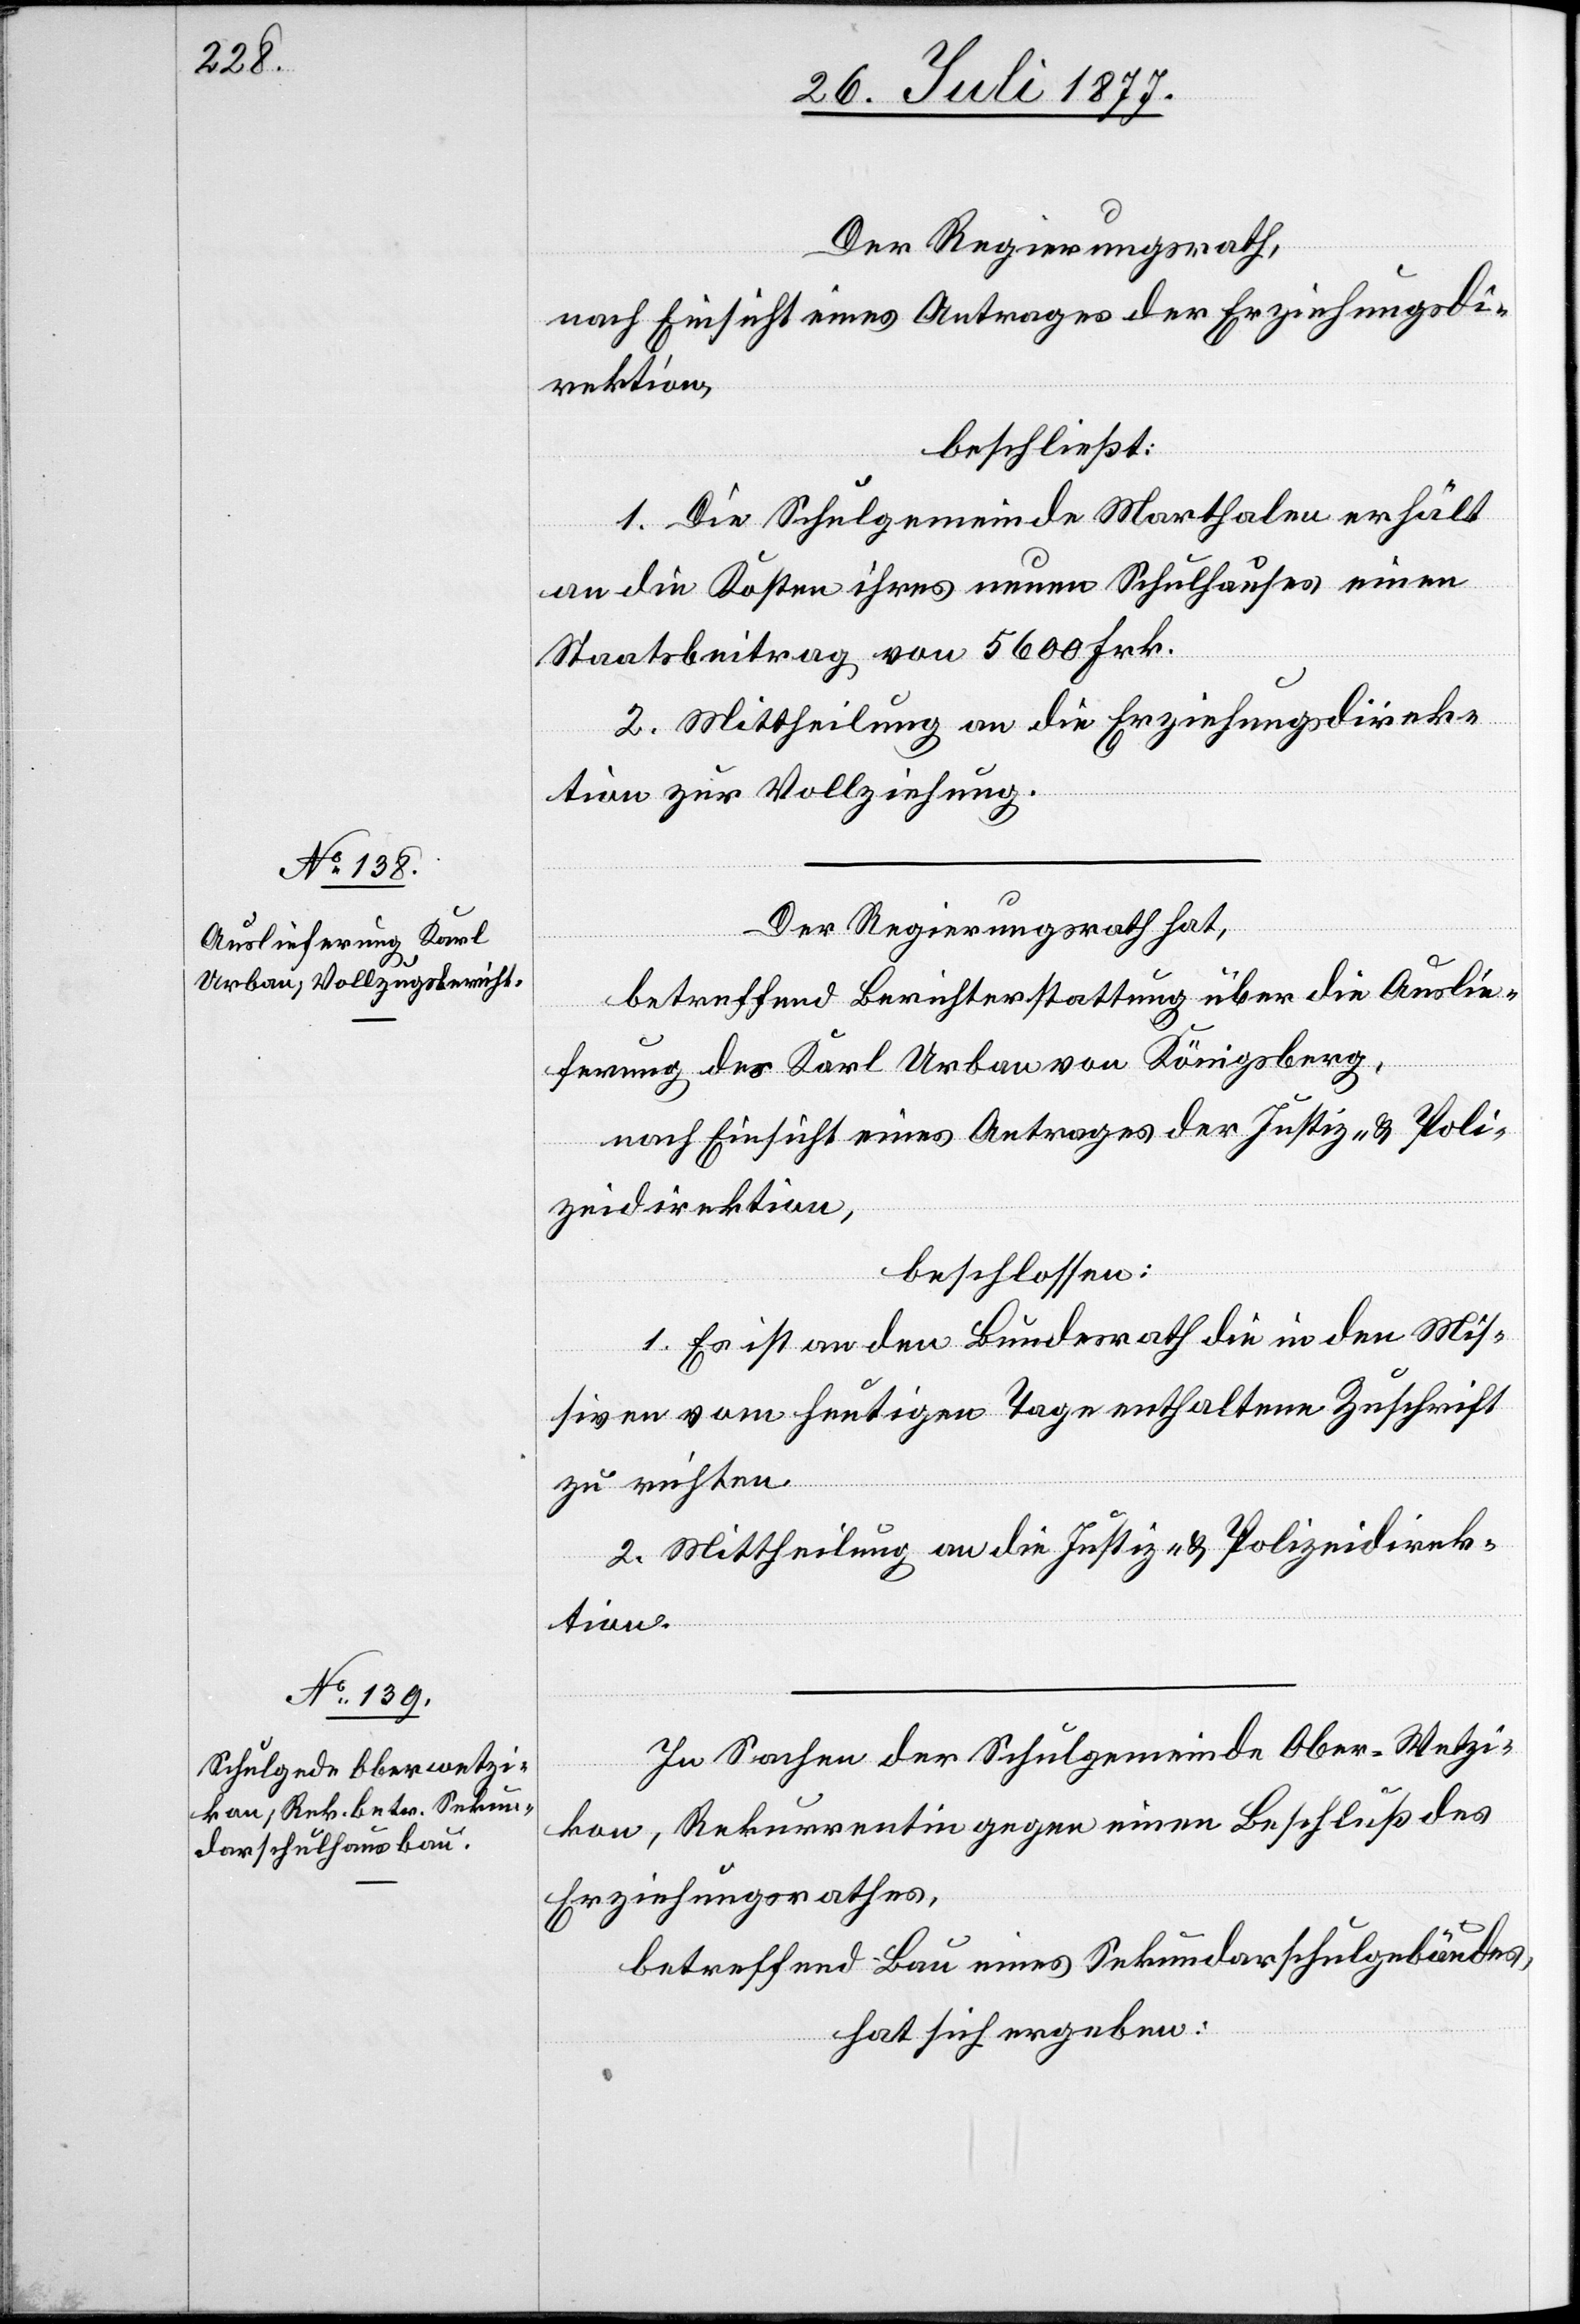
Der Regierungsrath hat,
betreffend Berichterstattung über die Auslie¬
ferung des Karl Urban von Königsberg,
nach Einsicht eines Antrages der Justiz- & Poli¬
zeidirektion,
beschlossen:
1. Es ist an den Bundesrath die in den Mis¬
siven vom heutigen Tage enthaltene Zuschrift
zu richten.
2. Mittheilung an die Justiz- & Polizeidirek¬
tion.
In Sachen der Schulgemeinde Ober-Wetzi¬
kon, Rekurrentin gegen einen Beschluß des
Erziehungsrathes,
betreffend Bau eines Sekundarschulgebäudes,
hat sich ergeben: